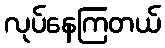
လုပ်နေကြတယ်